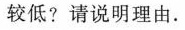
较低?请说明理由。